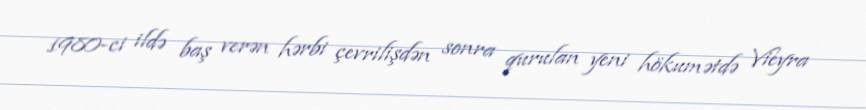
1980-ci ildə baş verən hərbi çevrilişdən sonra qurulan yeni hökumətdə Vieyra